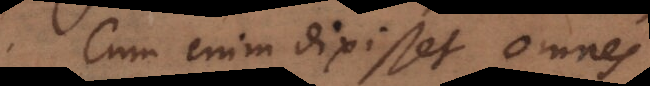
Cum enim dixisset omnes